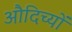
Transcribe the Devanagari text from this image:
औदिच्यों